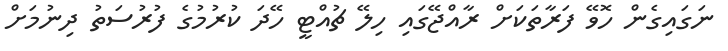
ނަގައިގެން ހޮވޭ ފަރާތަކަށް ރާއްޖޭގައި ހިލޭ ޗުއްޓީ ހޭދަ ކުރުމުގެ ފުރުސަތު ދިނުމަށް